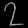
Digit: ၇